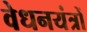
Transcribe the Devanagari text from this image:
वेधनयंत्रों